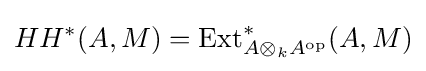
HH^{*}(A,M)=\operatorname {Ext} _{A\otimes _{k}A^{\text{op}}}^{*}(A,M)